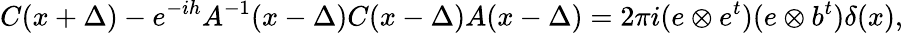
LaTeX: C(x+\Delta)-e^{-ih}A^{-1}(x-\Delta)C(x-\Delta)A(x-\Delta)=2\pi i(e\otimes e^{t})(e\otimes b^{t})\delta(x),